NAE_ERA_R-1765_ENSV_Kirjanike_Liit_1945-1955, lk 2
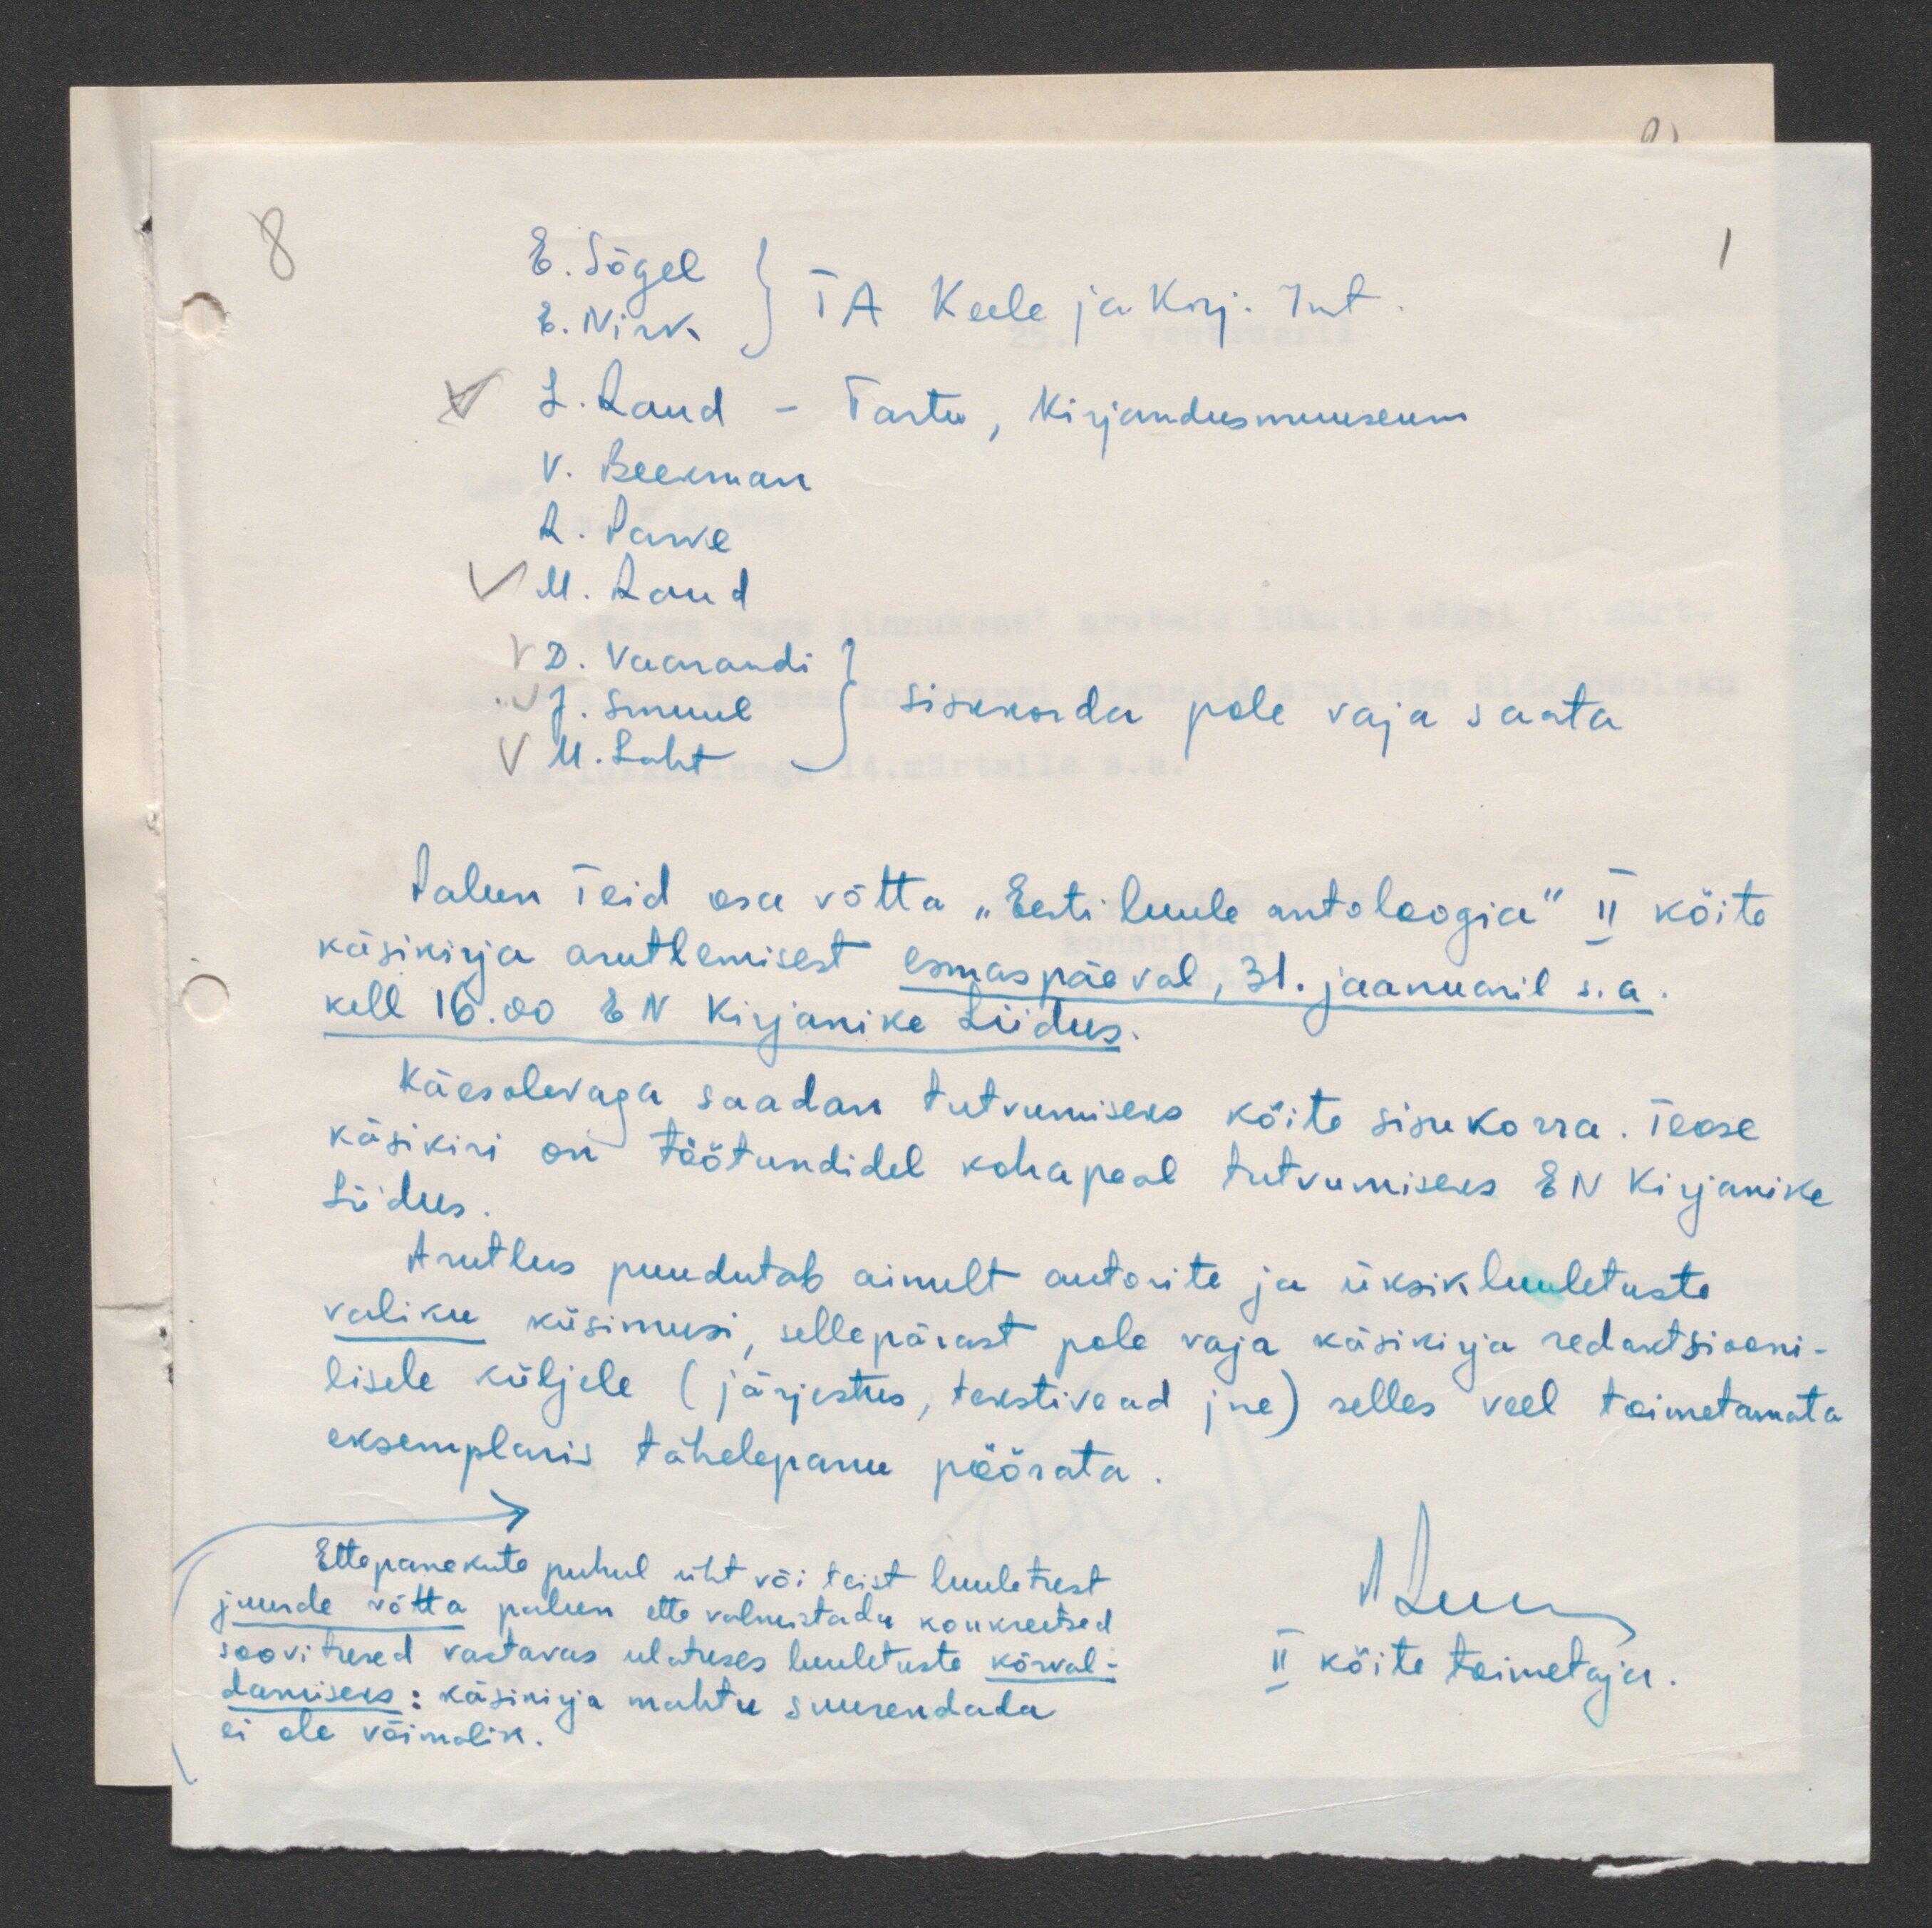
E. Sõgel
TA Keele ja Kirj. Int
E. Nirk
L. Laud
- Tartu, Kirjandusmuuseum
V. Beekman
R. Parve
M. Raud
D. Vaarandi
J. Smuul
Sisekorda pole vaja saata.
M. Laht
Palun Teid osa võtta "Eesti luule antoloogia" II kõite
käsikirja arutlemisest esmaspäeval, 31. jaanuaril s.a.
kell 16.00 EN Kirjanike Liidus.
Käesolevaga saadan tutvumiseks kõite sisukorra. Teose
käsikiri on töötundidel kohapeal tutvumiseks EN Kirjanike
Liidus.
Arutlus puudutab ainult autorite ja üksikluuletuste
valiku küsimusi, sellepärast pole vaja käsikirja redaktsiooni-
lisele küljele (järjestus, tekstivead jne) selles veel toimetamata
eksemplaris tähelepanu pöörata.
Ettepanekute puhul üht või teist luuletust
juurde võtta palun ette valmistadu konkreetsed
soovitused vastavas ulatuses luuletuste kõrval-
II kõite toimetaja.
damiseks: käsikirja mahtu suurendada
ei ole võimalik.